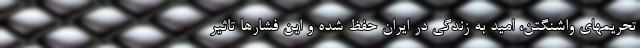
تحریمهای واشنگتن، امید به زندگی در ایران حفظ شده و این فشارها تاثیر